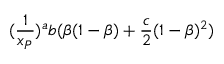
( \frac { 1 } { x _ { { \cal P } } } ) ^ { a } b ( \beta ( 1 - \beta ) + \frac { c } { 2 } ( 1 - \beta ) ^ { 2 } )